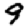
Digit: 9